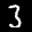
Label: 3